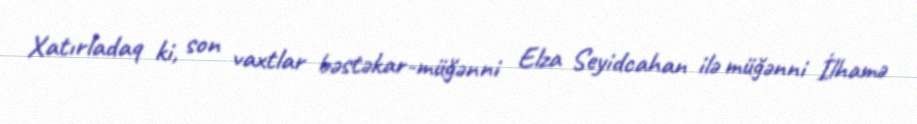
Xatırladaq ki, son vaxtlar bəstəkar-müğənni Elza Seyidcahan ilə müğənni İlhamə